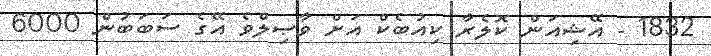
1832 - އޭޝިއަން ކޮލެރާ ކިއުބެކް އަށް ވާޞިލްވެ އޭގެ ސަބަބުން 6000